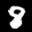
Label: 8